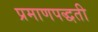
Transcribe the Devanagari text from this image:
प्रमाणपद्धती